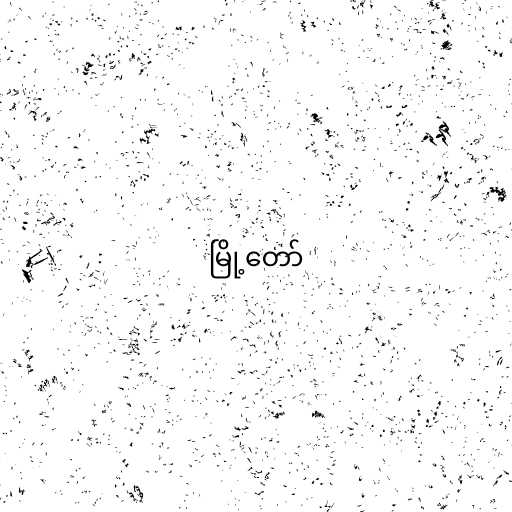
မြို့တော်